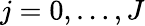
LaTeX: j=0,\dots,J